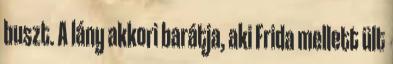
buszt. A lány akkori barátja, aki Frida mellett ült